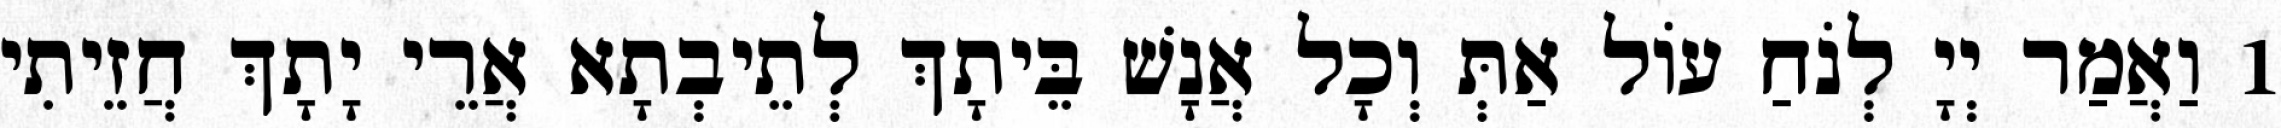
1 וַאֲמַר יְיָ לְנֹחַ עוֹל אַתְּ וְכָל אֲנָשׁ בֵּיתָךְ לְתֵיבְתָא אֲרֵי יָתָךְ חֲזֵיתִי